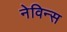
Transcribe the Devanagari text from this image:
नेविन्स